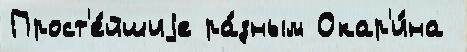
Прост'е́йшиjе ра́зным Окар'и́на